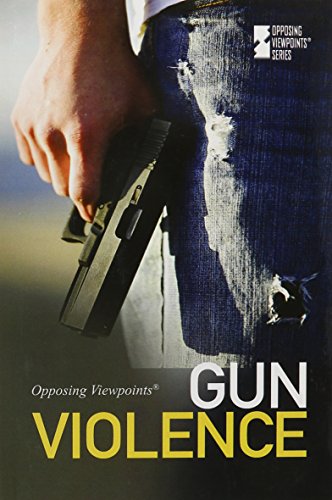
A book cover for Gun Violence (Opposing Viewpoints); Louise Gerdes; Teen & Young Adult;